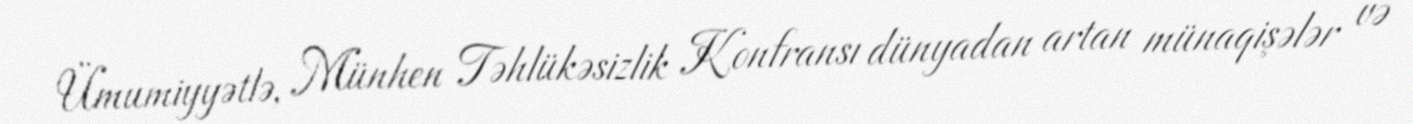
Ümumiyyətlə, Münhen Təhlükəsizlik Konfransı dünyadan artan münaqişələr və